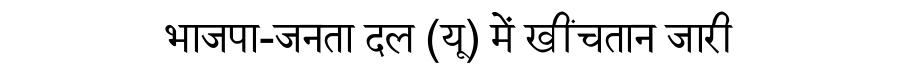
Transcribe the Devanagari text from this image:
भाजपा-जनता दल (यू) में खींचतान जारी